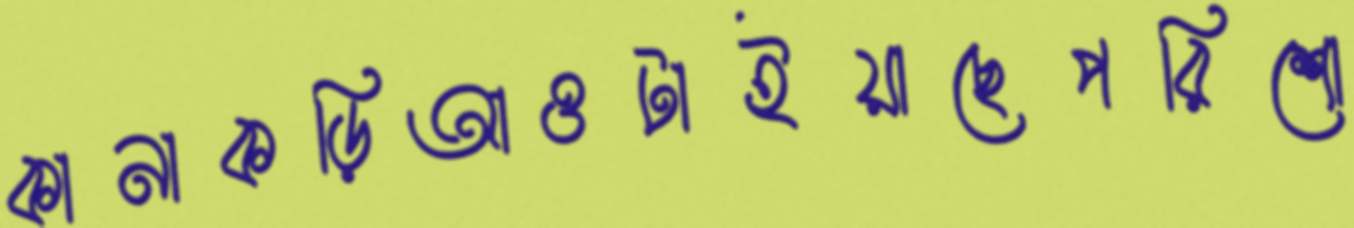
কানাকড়িআওটাইয়াছেপরিশো